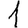
Digit: 1